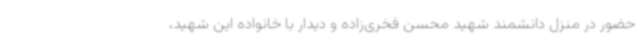
حضور در منزل دانشمند شهید محسن فخری‌زاده و دیدار با خانواده این شهید،